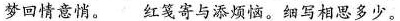
梦回情意悄。 红笺寄与添烦恼。细写相思多少。